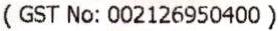
( GST NO: 002126950400 )